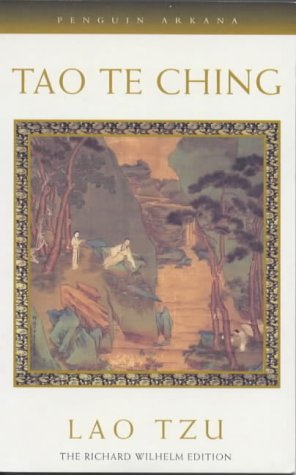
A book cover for Tao Te Ching: The Book of Meaning and Life (Arkana); Lao Tzu; Religion & Spirituality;